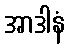
အာဒါနံ